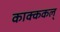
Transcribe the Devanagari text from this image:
काक्ककल्